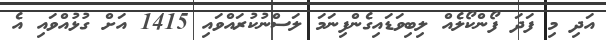
އަދި މި ފަދަ ފޯންކޯލެއް ލިބިވަޑައިގެންފިނަމަ ލަސްނުކުރައްވައި 1415 އަށް ގުޅުއްވައި އެ